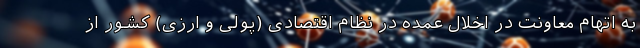
به اتهام معاونت در اخلال عمده در نظام اقتصادی (پولی و ارزی) کشور از